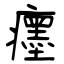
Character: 癦